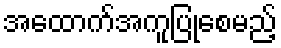
အထောက်အကူပြုစေမည့်